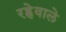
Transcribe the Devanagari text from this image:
रह्नेवाले